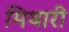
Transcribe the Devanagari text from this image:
मिथारी